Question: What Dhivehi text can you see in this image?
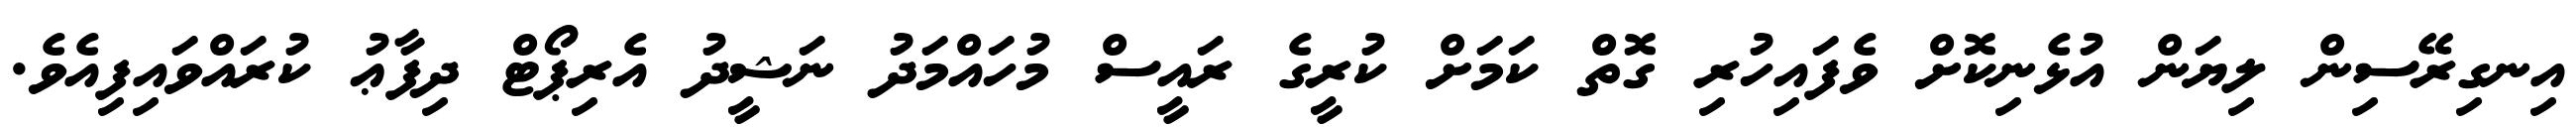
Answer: އިނގިރޭސިން ލިޔަން އުޅެނިކޮށް ވެފައިހުރި ގޮތް ކަމަށް ކުރީގެ ރައީސް މުހައްމަދު ނަޝީދު އެރިޕޯޓް ދިފާޢު ކުރައްވައިފިއެވެ.